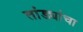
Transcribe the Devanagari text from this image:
तांड्यांचा